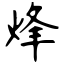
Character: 烽